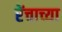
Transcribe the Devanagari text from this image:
रेंचाच्या